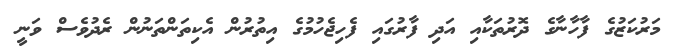
މަރުކަޒުގެ ފާހާނާގެ ދޮރުތަކާއި އަދި ފާރުގައި ފެހިޖެހުމުގެ އިތުރުން އެކިތަންތަނުން ރެދުވެސް ވަނީ